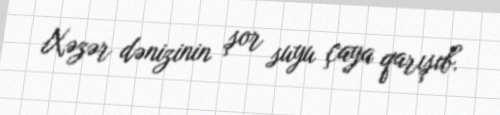
Xəzər dənizinin şor suyu çaya qarışıb.